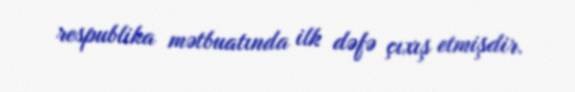
respublika mətbuatında ilk dəfə çıxış etmişdir.